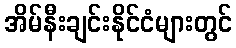
အိမ်နီးချင်းနိုင်ငံများတွင်